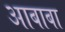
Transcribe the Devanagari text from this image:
आबाबा